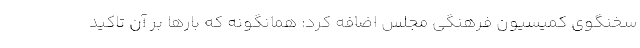
سخنگوی ‌کمیسیون فرهنگی مجلس اضافه کرد: همانگونه که بارها بر آن تاکید